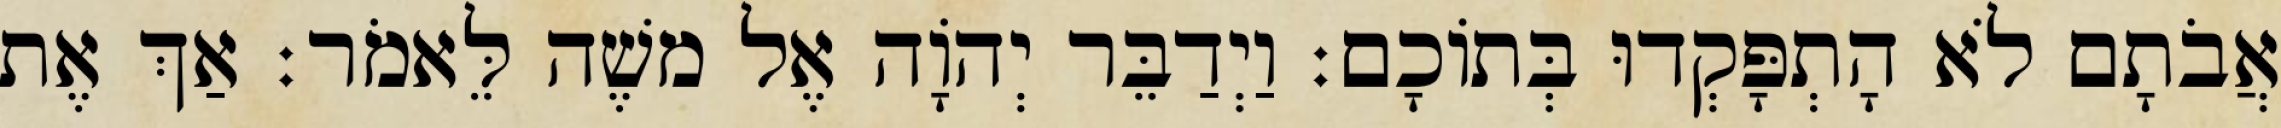
אֲבֹתָם לֹא הָתְפָּקְדוּ בְּתוֹכָם׃ וַיְדַבֵּר יְהוָֹה אֶל משֶׁה לֵּאמֹר׃ אַךְ אֶת